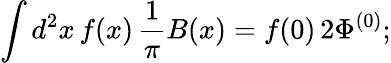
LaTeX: \int d^{2}x\, f(x)\, {\frac{1}{\pi}}B(x)=f(0)\, 2\Phi^{(0)};